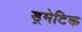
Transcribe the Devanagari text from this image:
ड्रमेटिक